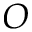
O